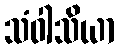
သံဝါသိယာ